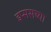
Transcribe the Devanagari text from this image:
इप्ससच्या